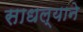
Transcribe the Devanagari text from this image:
साधल्याने